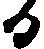
る